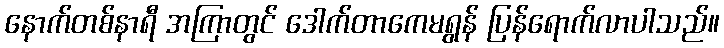
နောက်တစ်နာရီ အကြာတွင် ဒေါက်တာကေမရွန် ပြန်ရောက်လာပါသည်။